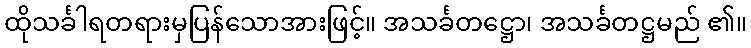
ထိုသင်္ခါရတရားမှပြန်သောအားဖြင့်။ အသင်္ခတဋ္ဌော၊ အသင်္ခတဋ္ဌမည် ၏။